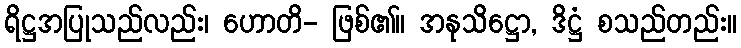
ရိဋ္ဌအပြုသည်လည်း၊ ဟောတိ- ဖြစ်၏။ အနုသိဋ္ဌော, ဒိဋ္ဌံ စသည်တည်း။